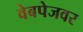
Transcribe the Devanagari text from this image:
वेबपेजवर